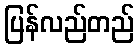
ပြန်လည်တည်